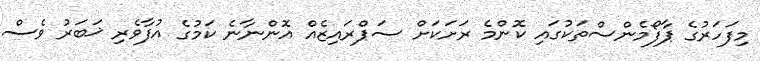
މިފަހަރުގެ ޕާފޯމެންސްތަކުގައި ކޮންމެ ރަށަކަށް ސަޕްރައިޒެއް އޮންނާނެ ކަމުގެ އުފާވެރި ޚަބަރު ވެސް